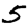
Digit: 5